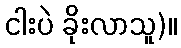
ငါးပဲ ခိုးလာသူ)။